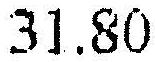
31.80